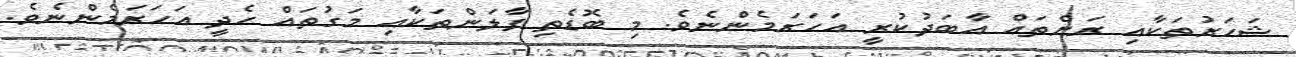
ޝަހަރުތަކާއި ރަށްތައް އާބަދުކުރީ އަހަރަމެންނެވެ. މި ބޮޑެތި ފާލަންތަކާއި މަގުތައް ހެދީ އަހަރަމެންނެވެ.